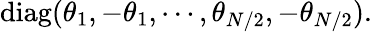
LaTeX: \mathrm{diag}(\theta_{1},-\theta_{1},\cdots,\theta_{N/2},-\theta_{N/2}).